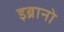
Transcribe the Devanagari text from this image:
इब्रानो